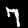
Label: 7